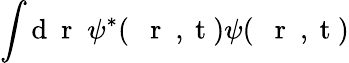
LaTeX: \int\mathrm{d}\mathrm{{~\mathbf{~}r~}}\; \psi^{*}(\mathrm{{~{~\mathbf{~}r~}~,~t~}})\psi(\mathrm{{~{~\mathbf{~}r~}~,~t~}})